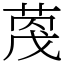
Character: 𫈦